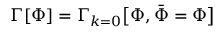
\Gamma [ \Phi ] = \Gamma _ { k = 0 } { \big [ } \Phi , { \bar { \Phi } } = \Phi { \big ] }